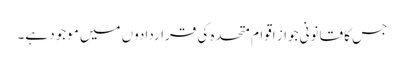
جس کا قانونی جواز اقوام متحدہ کی قراردادوں میں موجود ہے۔